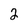
Character: 2